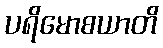
ပရိမောစယာတိ